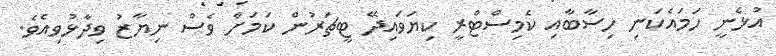
އުޅެނީ ހަމައެކަނި ހިސާބާއި ކެމިސްޓްރީ ކިޔަވައިދޭ ޓީޗަރުން ކަމަށް ވެސް ނިޔާޒު ވިދާޅުވިއެވެ.